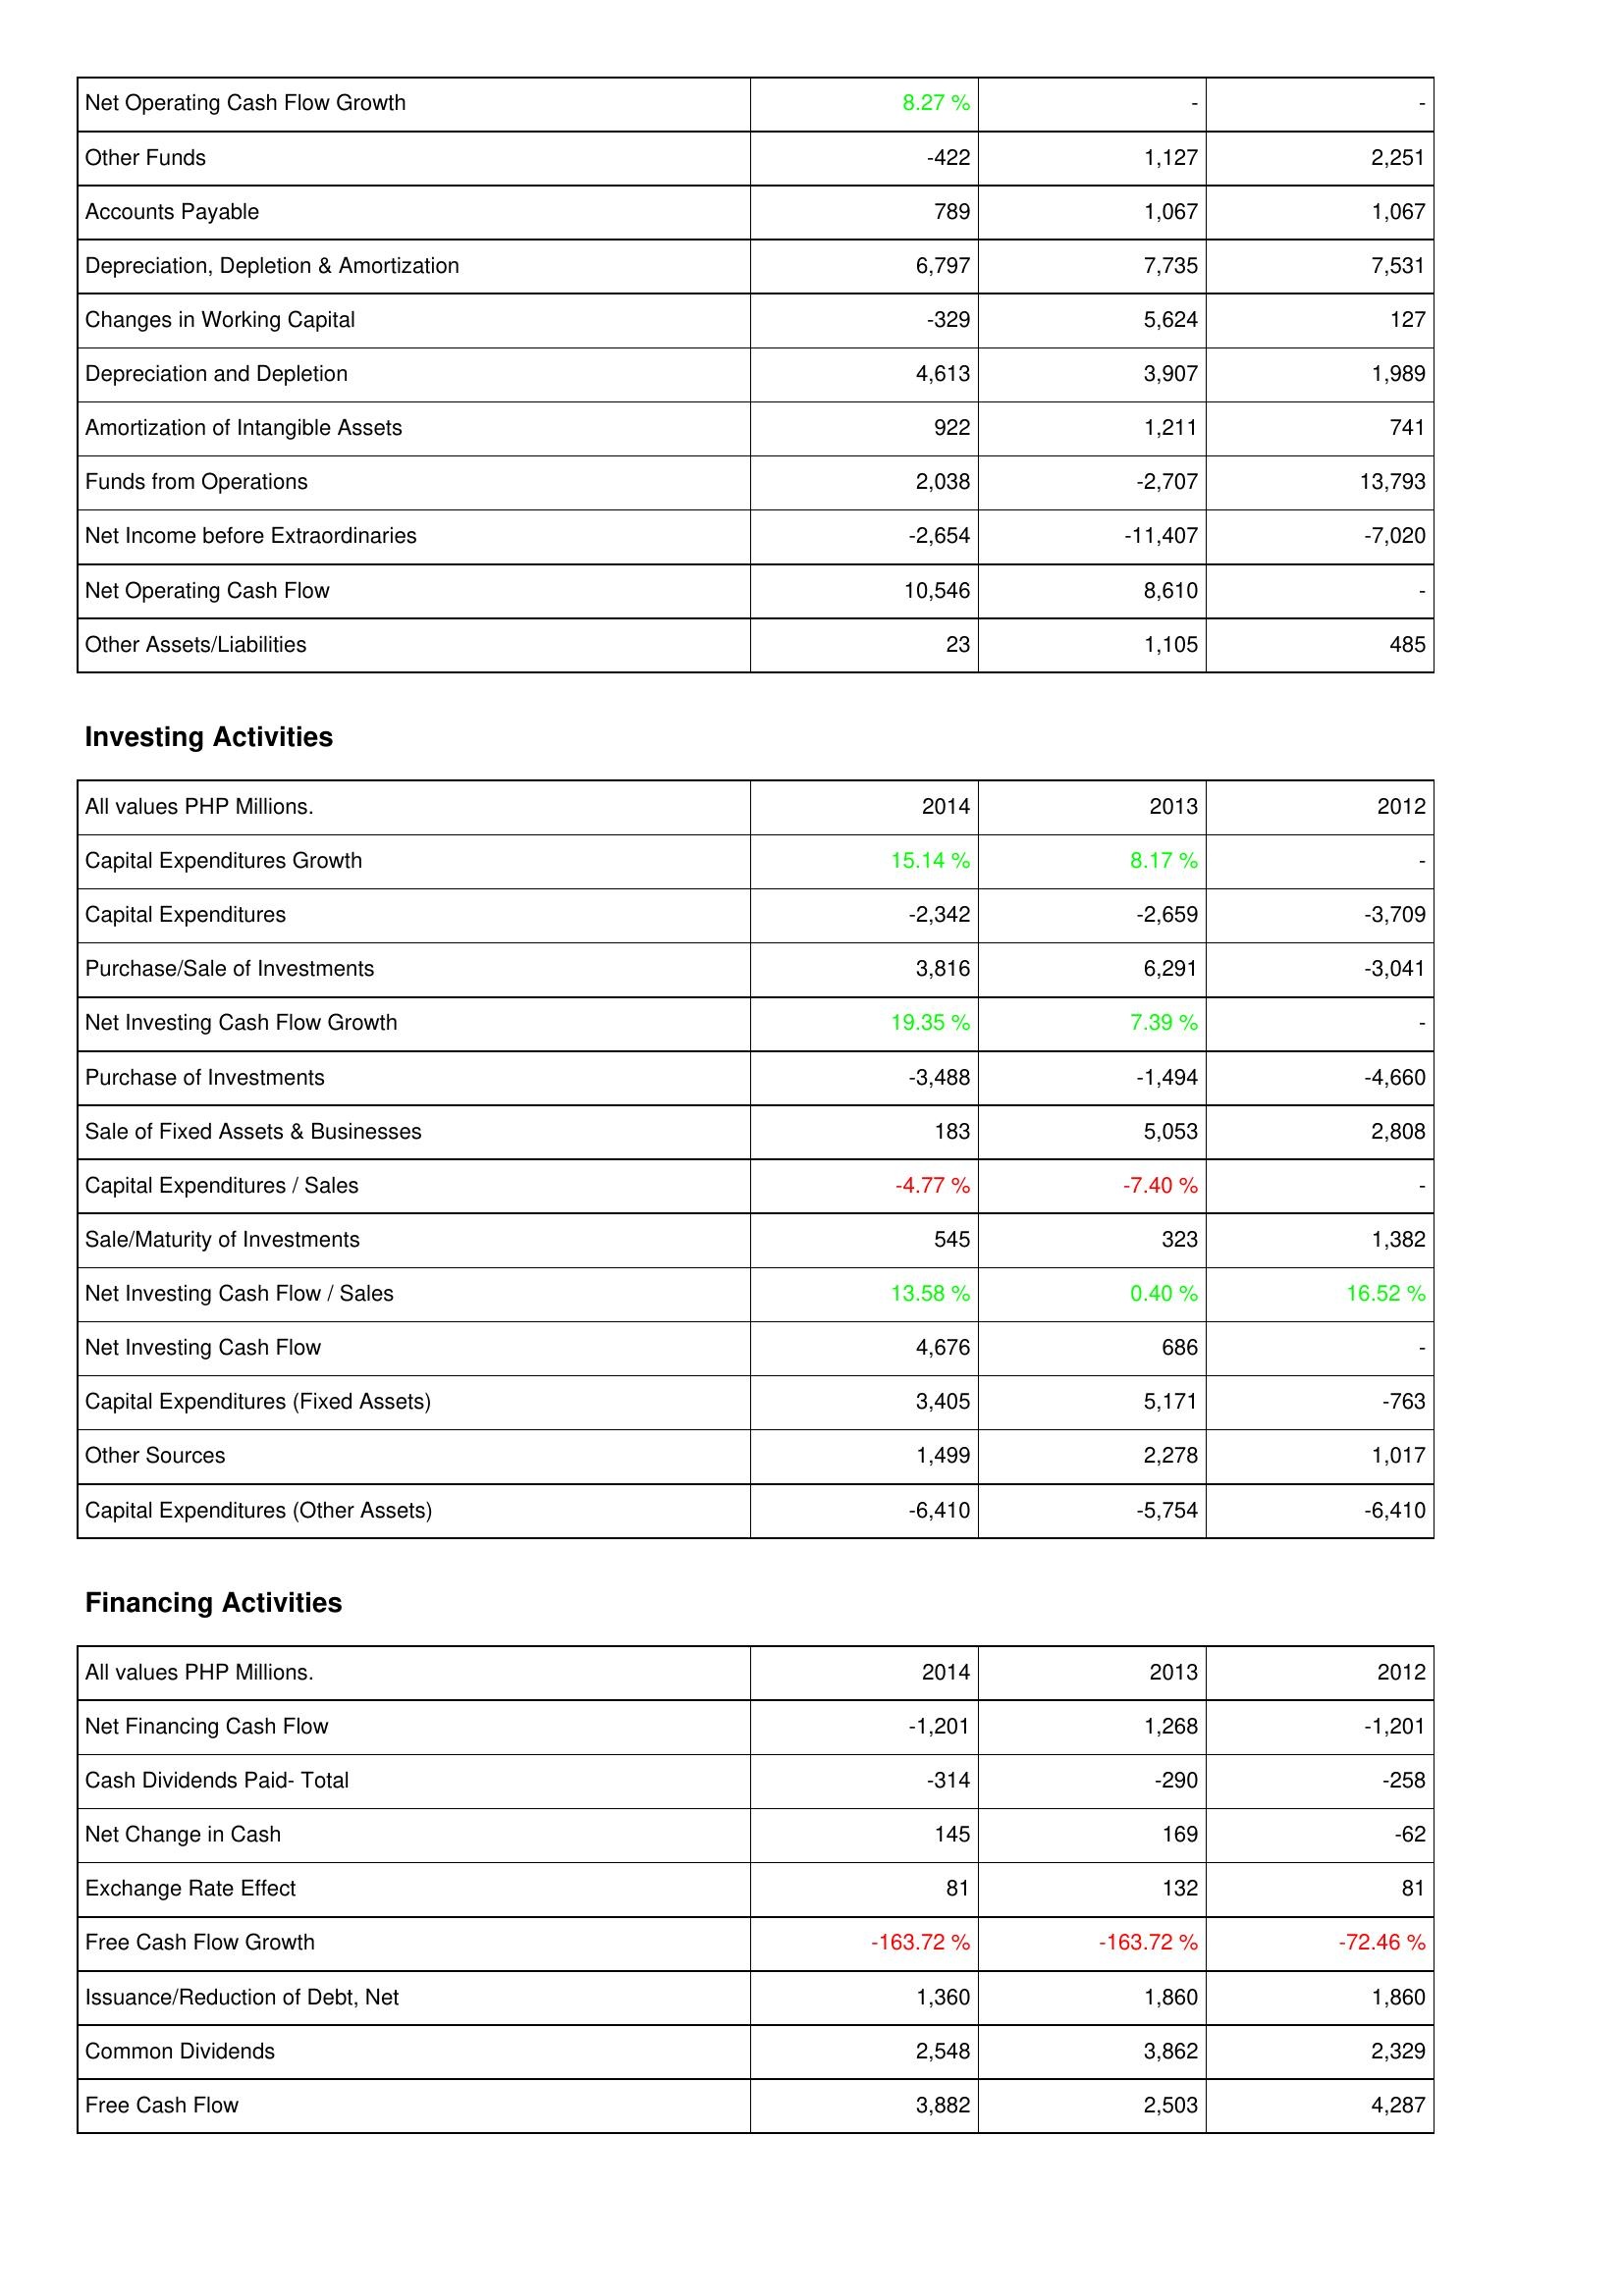
2014: Operating Activities: Net Operating Cash Flow Growth: 8.27 %
Other Funds: -422
Accounts Payable: 789
Depreciation, Depletion & Amortization: 6,797
Changes in Working Capital: -329
Depreciation and Depletion: 4,613
Amortization of Intangible Assets: 922
Funds from Operations: 2,038
Net Income before Extraordinaries: -2,654
Net Operating Cash Flow: 10,546
Other Assets/Liabilities: 23
Investing Activities: Capital Expenditures Growth: 15.14 %
Capital Expenditures: -2,342
Purchase/Sale of Investments: 3,816
Net Investing Cash Flow Growth: 19.35 %
Purchase of Investments: -3,488
Sale of Fixed Assets & Businesses: 183
Capital Expenditures / Sales: -4.77 %
Sale/Maturity of Investments: 545
Net Investing Cash Flow / Sales: 13.58 %
Net Investing Cash Flow: 4,676
Capital Expenditures (Fixed Assets): 3,405
Other Sources: 1,499
Capital Expenditures (Other Assets): -6,410
Financing Activities: Net Financing Cash Flow: -1,201
Cash Dividends Paid- Total: -314
Net Change in Cash: 145
Exchange Rate Effect: 81
Free Cash Flow Growth: -163.72 %
Issuance/Reduction of Debt, Net: 1,360
Common Dividends: 2,548
Free Cash Flow: 3,882
2013: Operating Activities: Net Operating Cash Flow Growth: -
Other Funds: 1,127
Accounts Payable: 1,067
Depreciation, Depletion & Amortization: 7,735
Changes in Working Capital: 5,624
Depreciation and Depletion: 3,907
Amortization of Intangible Assets: 1,211
Funds from Operations: -2,707
Net Income before Extraordinaries: -11,407
Net Operating Cash Flow: 8,610
Other Assets/Liabilities: 1,105
Investing Activities: Capital Expenditures Growth: 8.17 %
Capital Expenditures: -2,659
Purchase/Sale of Investments: 6,291
Net Investing Cash Flow Growth: 7.39 %
Purchase of Investments: -1,494
Sale of Fixed Assets & Businesses: 5,053
Capital Expenditures / Sales: -7.40 %
Sale/Maturity of Investments: 323
Net Investing Cash Flow / Sales: 0.40 %
Net Investing Cash Flow: 686
Capital Expenditures (Fixed Assets): 5,171
Other Sources: 2,278
Capital Expenditures (Other Assets): -5,754
Financing Activities: Net Financing Cash Flow: 1,268
Cash Dividends Paid- Total: -290
Net Change in Cash: 169
Exchange Rate Effect: 132
Free Cash Flow Growth: -163.72 %
Issuance/Reduction of Debt, Net: 1,860
Common Dividends: 3,862
Free Cash Flow: 2,503
2012: Operating Activities: Net Operating Cash Flow Growth: -
Other Funds: 2,251
Accounts Payable: 1,067
Depreciation, Depletion & Amortization: 7,531
Changes in Working Capital: 127
Depreciation and Depletion: 1,989
Amortization of Intangible Assets: 741
Funds from Operations: 13,793
Net Income before Extraordinaries: -7,020
Net Operating Cash Flow: -
Other Assets/Liabilities: 485
Investing Activities: Capital Expenditures Growth: -
Capital Expenditures: -3,709
Purchase/Sale of Investments: -3,041
Net Investing Cash Flow Growth: -
Purchase of Investments: -4,660
Sale of Fixed Assets & Businesses: 2,808
Capital Expenditures / Sales: -
Sale/Maturity of Investments: 1,382
Net Investing Cash Flow / Sales: 16.52 %
Net Investing Cash Flow: -
Capital Expenditures (Fixed Assets): -763
Other Sources: 1,017
Capital Expenditures (Other Assets): -6,410
Financing Activities: Net Financing Cash Flow: -1,201
Cash Dividends Paid- Total: -258
Net Change in Cash: -62
Exchange Rate Effect: 81
Free Cash Flow Growth: -72.46 %
Issuance/Reduction of Debt, Net: 1,860
Common Dividends: 2,329
Free Cash Flow: 4,287